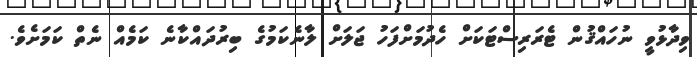
ވިދާޅުވީ ނުހައްޤުން ޓެރަރިސްޓަކަށް ހެދުމަށްފަހު ޖަލަށް ލާނެކަމުގެ ބިރުދައްކާނެ ކަމެއް ނެތް ކަމަށެވެ.